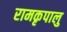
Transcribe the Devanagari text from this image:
रामकृपालु